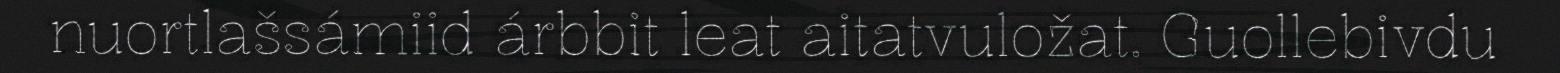
nuortlašsámiid árbbit leat aitatvuložat. Guollebivdu